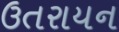
ઉતરાયન